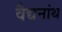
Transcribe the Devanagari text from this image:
वैद्यनांथ